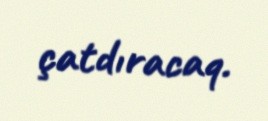
çatdıracaq.